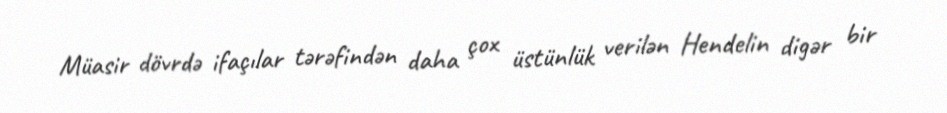
Müasir dövrdə ifaçılar tərəfindən daha çox üstünlük verilən Hendelin digər bir